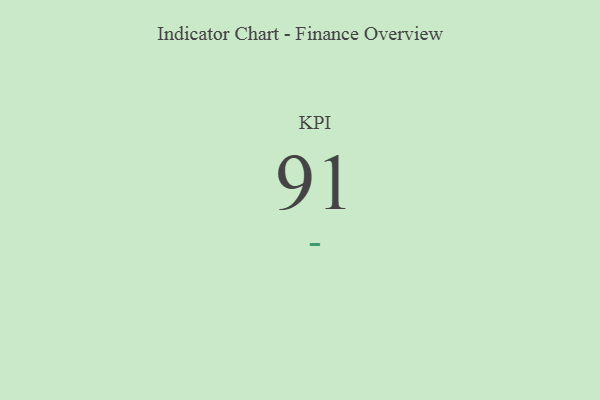
{"axis": {"x": "KPI", "y": "Value"}, "legend": [""], "data": [{"x": "KPI", "y": 91, "type": ""}]}